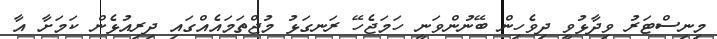
މިނިސްޓަރު ވިދާޅުވީ ދިވެހިން ބޭނުންވަނީ ހަމަޖެހޭ ރަނގަޅު މުޖްތަމައެއްގައި ދިރިއުޅެން ކަމަށާ އާ